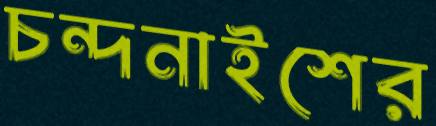
চন্দনাইশের